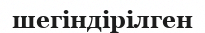
шегіндірілген